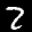
Label: 2